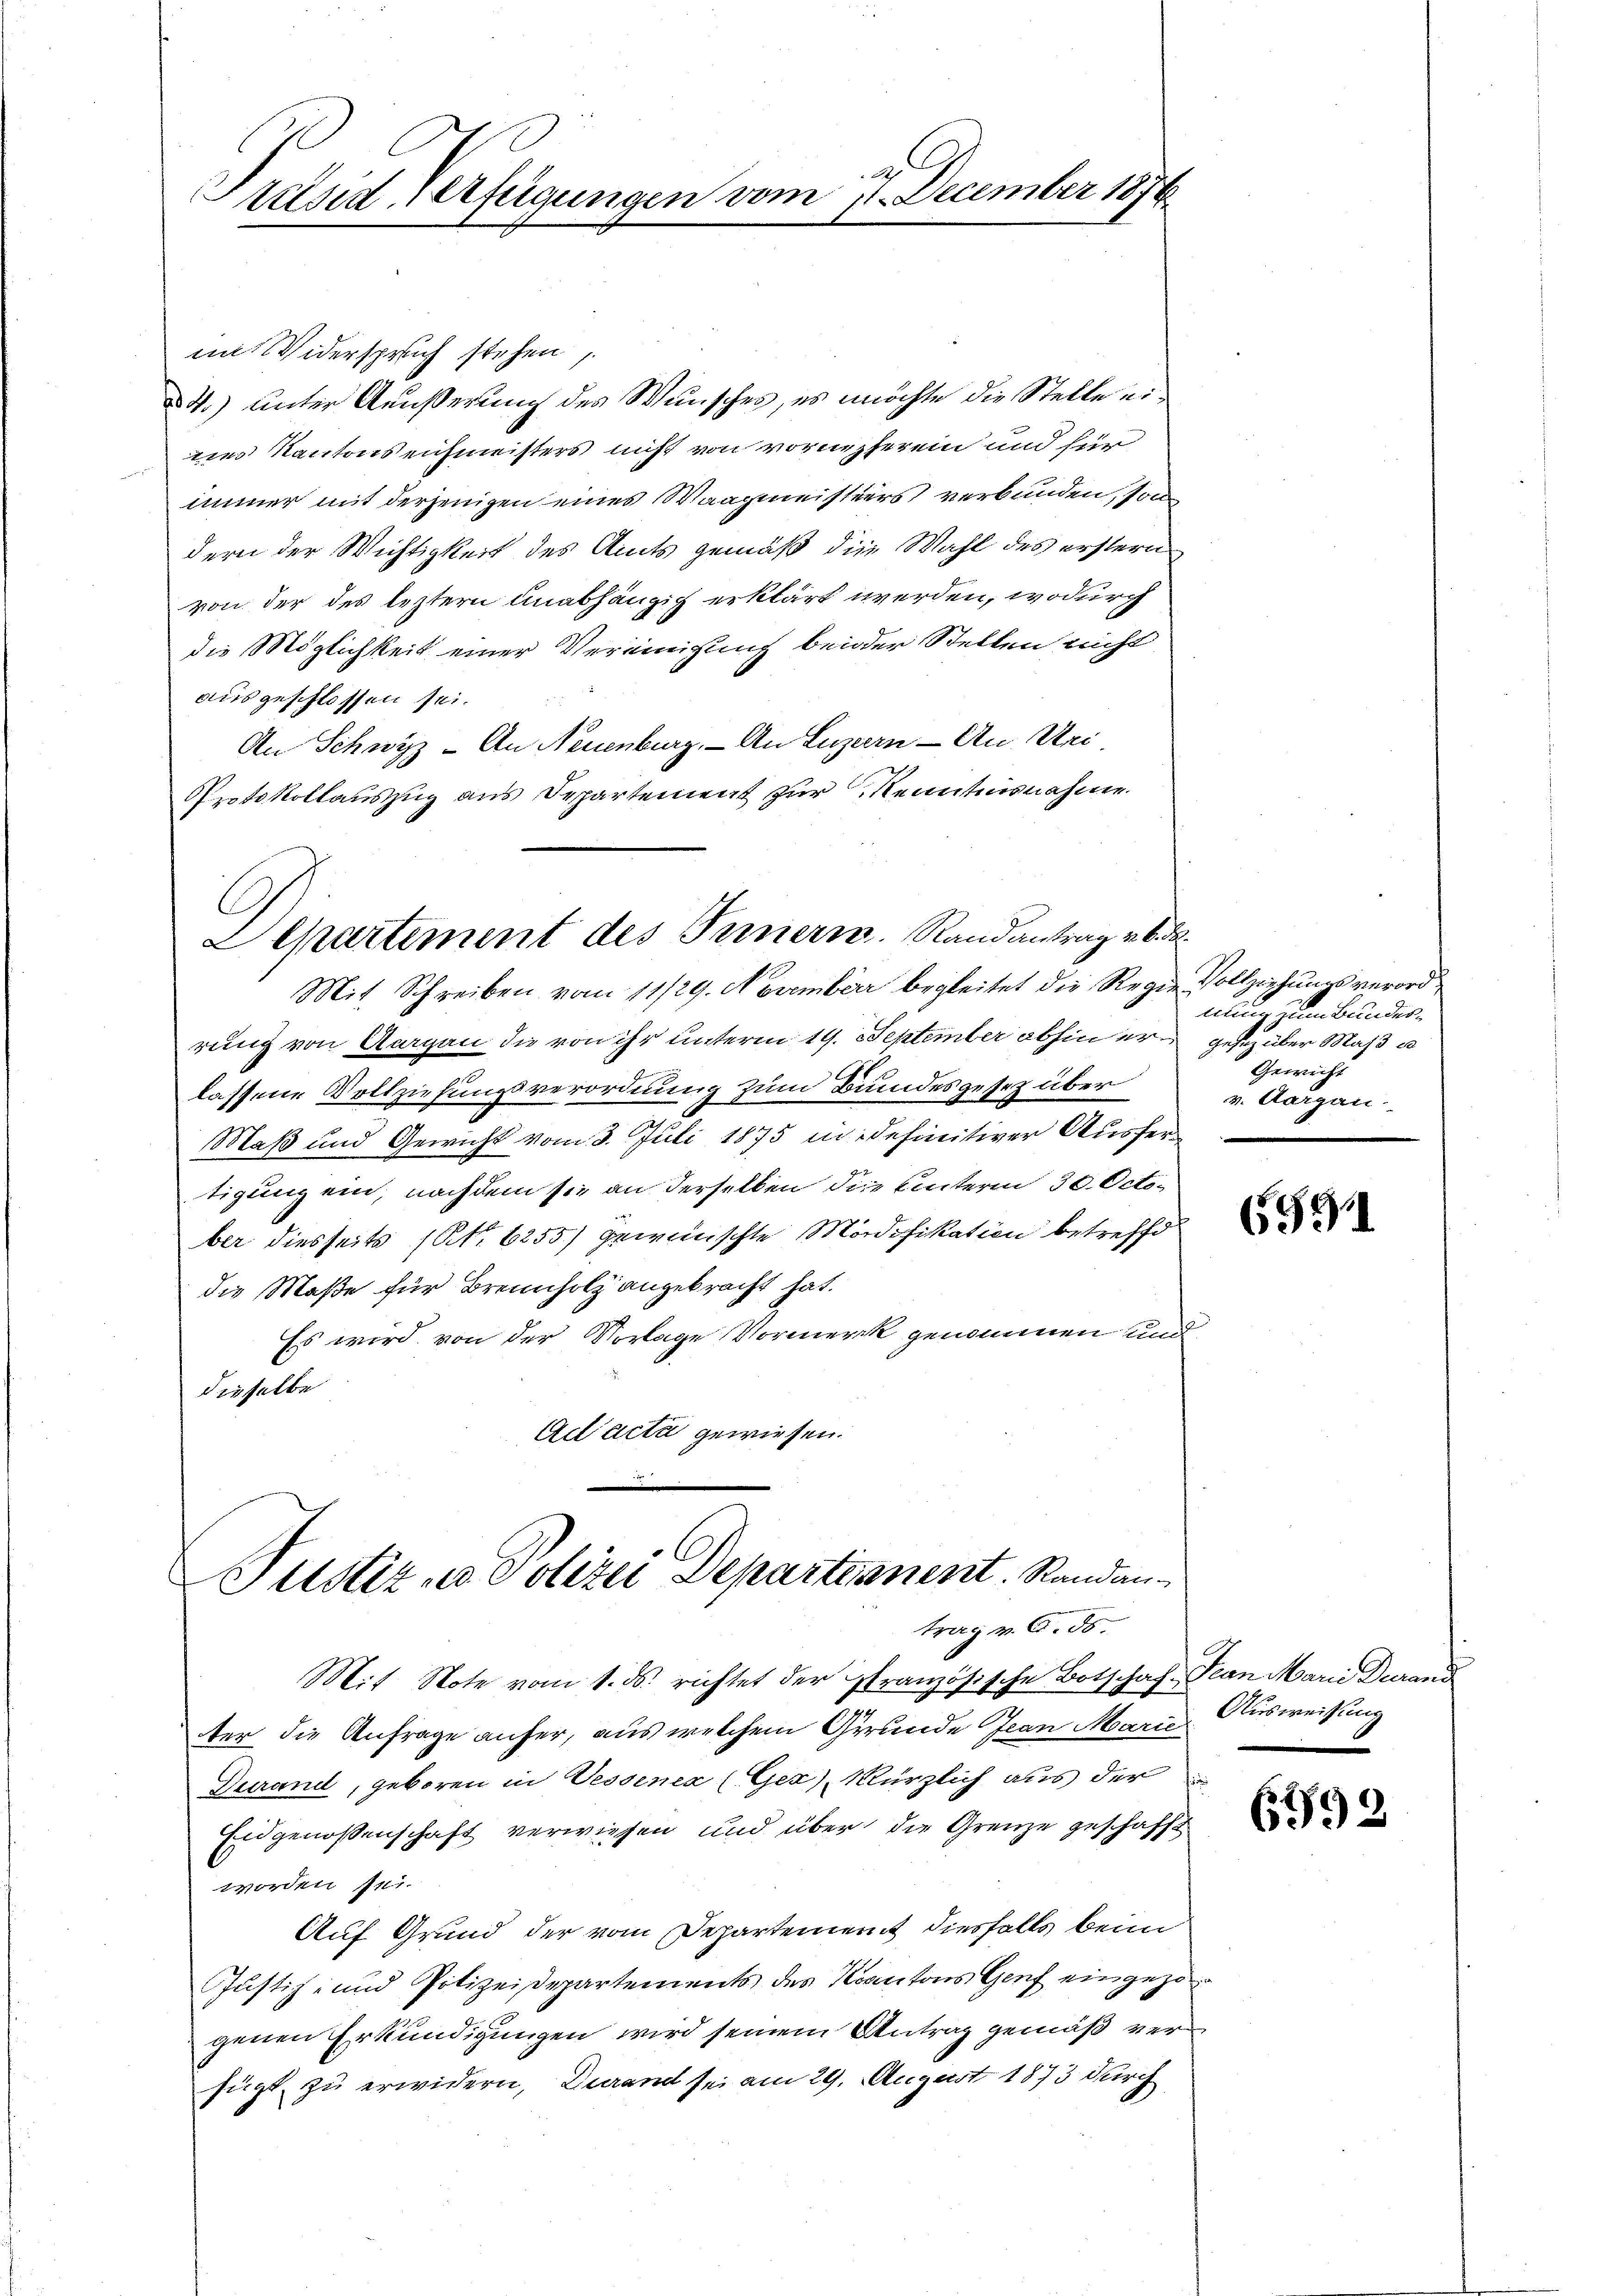
im Widerspruch stehen,
d. T.) unter Aeußerung des Wunsches, es möchte die Stelle eines Kantons eichmeisters nicht von vornherein und für
immer mit derjenigen eines Waagmeisters verbunden, son
dern der Wichtigkeit des Amts gemäß die Wahl des erstern
von der des leztern unabhängig erklärt werden, wodurch
die Möglichkeit einer Vereinigung beider Stellen nicht
ausgeschlossen sei.
An Schwyz - An Neuenburg. - An Luzern - An Uri
Protokollauszug aus Departement zur Kenntnisnahme

C
Präsid verfügungen vom 7. December 1870

G
Lepartement des Innern. Randantrag v. 6. d.

ustiz- u Polizei Departianent. Randantrag v. 6. ds.

Mit Schreiben vom 11/29. November begleitet die Regie Vollziehungsverordrung von Aargau die von ihr unterm 19. September abhin er gesez über Maß u
lassene Vollziehungsverordnung zum Bundesgesetz über
Maß und Gewicht vom 3. Juli 1875 in definitiver Ausfer
tigung ein, nachdem sie an derselben die Hinterm 30. October diesseits (N. 6255) gewünschte Modifikation betreffe
die Maße für Brennholz angebracht hat.
Es wird von der Vorlage Vormerk genommen und
dieselbe
Ad acta gewiesen.

Mit Note vom 1. ds. richtet der französische Botschaf Jean Marie Durand
19
ter die Anfrage anher, aus welchem Grunde Jean Marie Ausweisung
Turand, geboren in Vessenen (Ges), kürzlich aus der
Eidgenossenschaft verwiesen und über die Grenze geschäfft
worden sei.
Auf Grund der vom Departement diesfalls beim
Justiz- und Polizeidepartements des Kantons Genf eingezogenen Erkundigungen wird seinem Antrag gemäß verfügt zu erwidern, durand sei am 29. August 1873 durch

und ein bundes
Gewicht
v. Aargau.

6531

6792